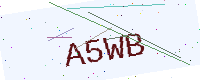
Text: A5WB